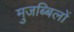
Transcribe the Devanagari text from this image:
मुजब्बिलों